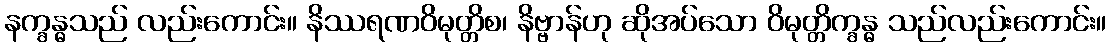
နက္ခန္ဓသည် လည်းကောင်း။ နိဿရဏဝိမုတ္တိစ၊ နိဗ္ဗာန်ဟု ဆိုအပ်သော ဝိမုတ္တိက္ခန္ဓ သည်လည်းကောင်း။